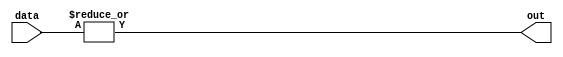
module or_gate_64 (
    input [63:0] data,
    output reg out
);

always @* begin
    out = |data;
end

endmodule